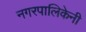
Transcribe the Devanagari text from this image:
नगरपालिकेनी